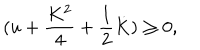
( u + { \frac { K ^ { 2 } } { 4 } } + { \frac { 1 } { 2 } } \dot { K } ) \geq 0 ,